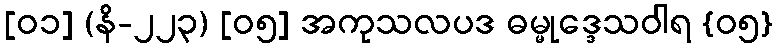
[၀၁] (နိ-၂၂၃) [၀၅] အကုသလပဒ ဓမ္မုဒ္ဒေသဝါရ {၀၅}